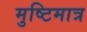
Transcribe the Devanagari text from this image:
मुष्टिमात्र